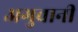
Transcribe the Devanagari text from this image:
अगुवानी